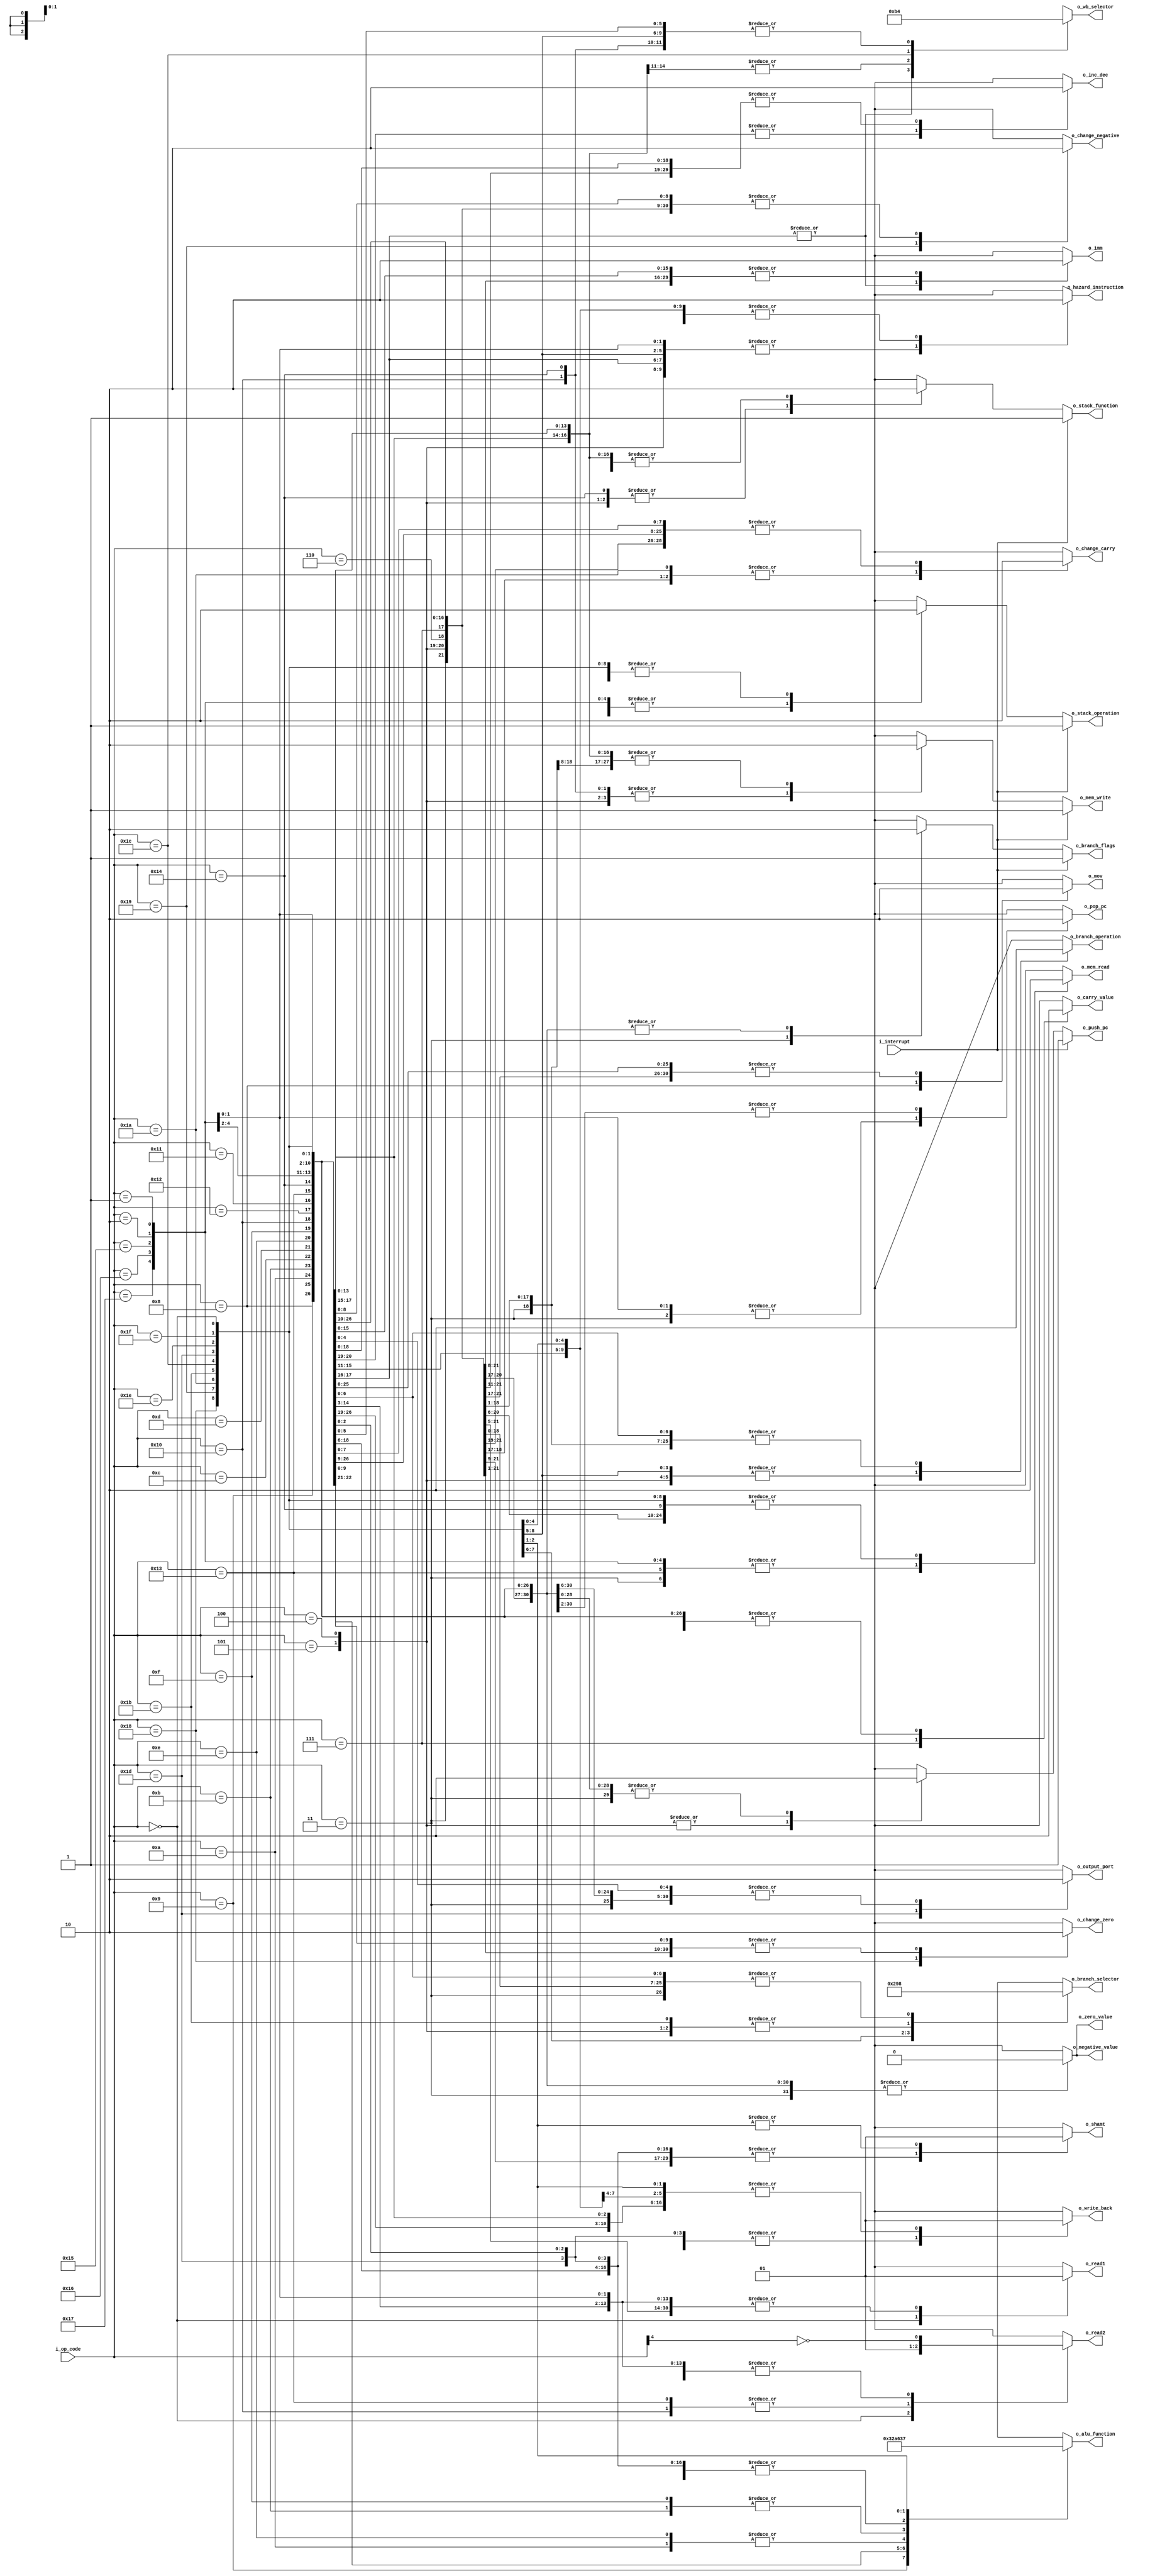
module control_unit (
    input wire [4:0] i_op_code,
    input wire i_interrupt,
    output reg [2:0] o_alu_function,
    output reg [1:0] o_wb_selector,
    output reg [2:0] o_branch_selector,
    output reg o_mov,
    output reg o_write_back,
    output reg o_inc_dec,
    output reg o_change_carry,
    output reg o_carry_value,
    output reg o_mem_read,
    output reg o_mem_write,
    output reg o_stack_operation,
    output reg o_stack_function,
    output reg o_branch_operation,
    output reg o_imm,
    output reg o_shamt,
    output reg o_output_port,
    output reg o_pop_pc,
    output reg o_push_pc,
    output reg o_branch_flags,
    output reg o_read1,
    output reg o_read2,
    output reg o_hazard_instruction,
    output reg o_change_zero,
    output reg o_zero_value,
    output reg o_change_negative,
    output reg o_negative_value
);

  always @(*) begin
    o_alu_function = 3'b000;
    o_wb_selector = 2'b00;
    o_branch_selector = 2'b00;
    o_mov = 1'b0;
    o_write_back = 1'b0;
    o_inc_dec = 1'b0;
    o_change_carry = 1'b0;
    o_carry_value = 1'b0;
    o_mem_read = 1'b0;
    o_mem_write = 1'b0;
    o_stack_operation = 1'b0;
    o_stack_function = 1'b0;
    o_branch_operation = 1'b0;
    o_branch_selector = 1'b0;
    o_imm = 1'b0;
    o_shamt = 1'b0;
    o_output_port = 1'b0;
    o_pop_pc = 1'b0;
    o_push_pc = 1'b0;
    o_branch_flags = 1'b0;
    o_read1 = 1'b1;
    o_read2 = ~i_op_code[4];  // RTYPE
    o_hazard_instruction = 1'b0;
    o_change_zero = 1'b0;
    o_zero_value = 1'b0;
    o_change_negative = 1'b0;
    o_negative_value = 1'b0;

    case (i_op_code)
      5'b00000: begin  // NOP
        o_read1 = 1'b0;
        o_read2 = 1'b0;
      end
      5'b00001,  // UNUSED
      5'b00010: begin  // RET
        o_mem_read = 1'b1;
        o_pop_pc = 1'b1;
        // o_stack_function = 1'b0;
        o_stack_operation = 1'b1;
        o_hazard_instruction = 1'b1;
      end
      5'b00011: begin  // RTI
        o_mem_read = 1'b1;
        o_pop_pc = 1'b1;
        // o_stack_function = 1'b0;
        o_stack_operation = 1'b1;
        o_branch_flags = 1'b1;
      end
      5'b00100,  // UNUSED
      5'b00101: begin  // CALL
        o_mem_write = 1'b1;
        o_push_pc = 1'b1;
        o_stack_function = 1'b1;
        o_stack_operation = 1'b1;
        // o_branch_flags = i_interrupt;
        o_branch_operation = 1'b1;
        o_branch_selector = 2'b11;  // jump unconditionally to register
        o_hazard_instruction = 1'b1;
      end
      5'b00110: begin  // CLRC
        o_change_carry = 1'b1;
        // o_carry_value = 1'b0;
      end
      5'b00111: begin  // SETC
        o_change_carry = 1'b1;
        o_carry_value  = 1'b1;
      end
      5'b01000: begin  // MOV
        // o_wb_selector = 2'b00;
        o_write_back = 1'b1;
        // o_alu_function = 3'b000;
        o_mov = 1'b1;
      end
      5'b01001: begin  // NOT
        // o_wb_selector = 2'b00;
        o_write_back   = 1'b1;
        o_alu_function = 3'b001;
      end
      5'b01010: begin  // ADD
        // o_wb_selector = 2'b00;
        o_write_back   = 1'b1;
        o_alu_function = 3'b010;
      end
      5'b01011: begin  // SUB
        // o_wb_selector = 2'b00;
        o_write_back   = 1'b1;
        o_alu_function = 3'b011;
      end
      5'b01100: begin  // AND
        // o_wb_selector = 2'b00;
        o_write_back   = 1'b1;
        o_alu_function = 3'b100;
      end
      5'b01101: begin  // OR
        // o_wb_selector = 2'b00;
        o_write_back   = 1'b1;
        o_alu_function = 3'b101;
      end
      5'b01110: begin  // INC
        // o_wb_selector = 2'b00;
        o_write_back = 1'b1;
        o_alu_function = 3'b010;
        o_inc_dec = 1'b1;
      end
      5'b01111: begin  // DEC
        o_write_back = 1'b1;
        o_alu_function = 3'b011;
        o_inc_dec = 1'b1;
      end

      5'b10000: begin  // STD
        o_mem_write = 1'b1;
        o_read2 = 1'b1;
      end
      5'b10001,  // UNUSED
      5'b10010: begin  // LDM
        o_imm = 1'b1;
        o_write_back = 1'b1;
        o_wb_selector = 2'b10;
        o_hazard_instruction = 1'b1;
      end
      5'b10011: begin  // LDD
        o_mem_read = 1'b1;
        o_write_back = 1'b1;
        o_wb_selector = 2'b11;
        o_read2 = 1'b1;
      end
      5'b10100: begin  // PUSH
        o_mem_write = 1'b1;
        o_stack_function = 1'b1;
        o_stack_operation = 1'b1;
      end
      5'b10101,  // UNUSED
      5'b10110,  // UNUSED
      5'b10111: begin  // POP
        o_mem_read = 1'b1;
        o_write_back = 1'b1;
        o_wb_selector = 2'b11;
        // o_stack_function = 1'b0;
        o_stack_operation = 1'b1;
      end
      5'b11000: begin  // JZ
        o_branch_operation   = 1'b1;
        // o_branch_selector  = 2'b00;
        o_hazard_instruction = 1'b1;
        o_change_zero = 1'b1;
        o_zero_value = 1'b0;
      end
      5'b11001: begin  // JN
        o_branch_operation = 1'b1;
        o_branch_selector = 2'b01;
        o_hazard_instruction = 1'b1;
        o_change_negative = 1'b1;
        o_negative_value = 1'b0;
      end
      5'b11010: begin  // JC
        o_branch_operation = 1'b1;
        o_branch_selector = 2'b10;
        o_hazard_instruction = 1'b1;
        o_change_carry = 1'b1;
        o_carry_value = 1'b0;
      end
      5'b11011: begin  // JMP
        o_branch_operation = 1'b1;
        o_branch_selector = 2'b11;
        o_hazard_instruction = 1'b1;
      end
      5'b11100: begin  // IN
        o_write_back  = 1'b1;
        o_wb_selector = 2'b01;
      end
      5'b11101: begin  // OUT
        o_output_port = 1'b1;
      end
      5'b11110: begin  // SHL
        o_write_back = 1'b1;
        // o_wb_selector = 2'b00;
        o_shamt = 1'b1;
        o_alu_function = 3'b110;
      end
      5'b11111: begin  // SHR
        o_write_back = 1'b1;
        // o_wb_selector = 2'b00;
        o_shamt = 1'b1;
        o_alu_function = 3'b111;
      end
    endcase

    if (i_interrupt) begin
      o_mem_write = 1'b1;
      o_push_pc = 1'b1;
      o_stack_function = 1'b1;
      o_stack_operation = 1'b1;
      o_branch_flags = 1'b1;
    end
  end

endmodule